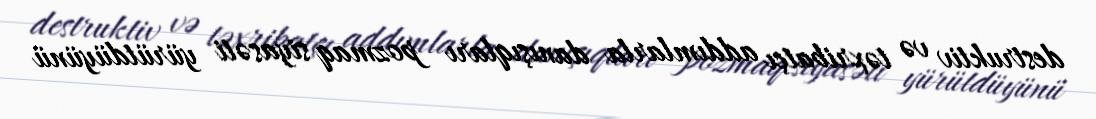
destruktiv və təxribatçı addımlarla danışıqları pozmaq siyasəti yürütdüyünü